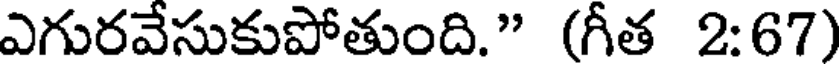
ఎగురవేసుకుపోతుంది." (గీత 2:67)